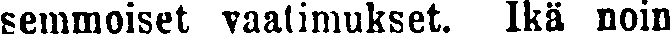
semmoiset vaatimukset. Ikä noin